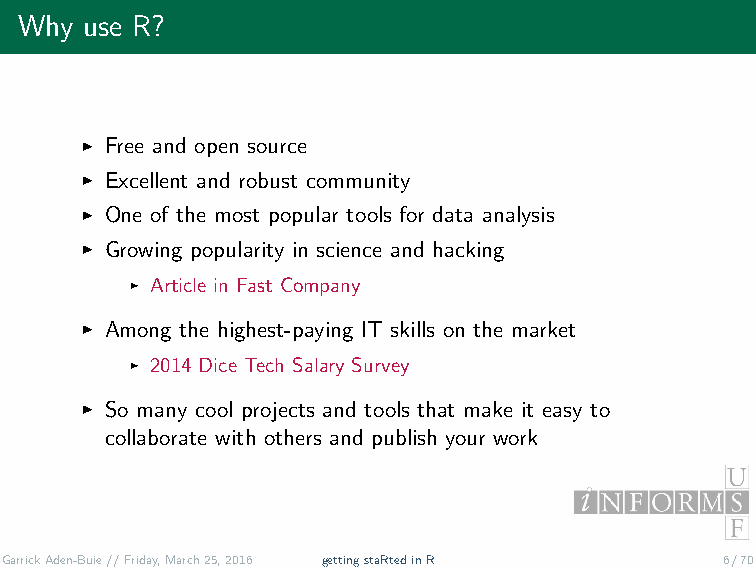
Why  use R?
 ˇ Free and open source
 ˇ Excellent and robust community
 ˇ One of the most popular tools for data analysis
 ˇ Growing popularity in science and hacking
 ˇ Article in Fast Company
 ˇ Among the highest-paying IT skills on the market
 ˇ 2014 Dice Tech Salary Survey
 ˇ So many cool projects and tools that make it easy to
 collaborate with others and publish your work
 GarrickAden-Buie//Friday,March25,2016 gettingstaRtedinR 6/70